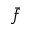
\bar { f }